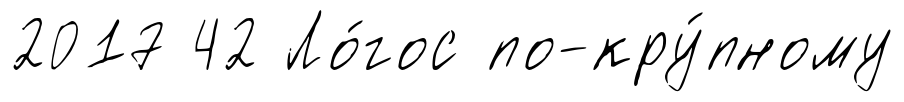
2017 42 Ло́гос по-кру́пному